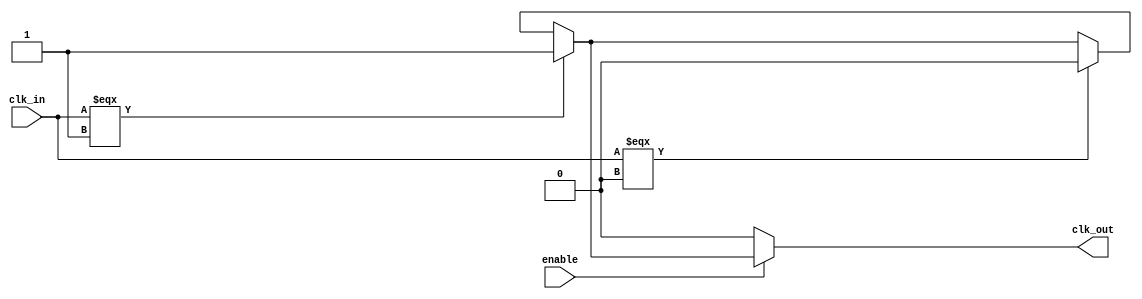
module ClockBuffer (
    input wire clk_in,        // Single-ended clock input
    input wire enable,        // Enable signal to control the buffer
    output wire clk_out       // Single-ended clock output
);

    // Internal signal for buffered clock
    wire clk_buffered;

    // Input stage: Schmitt trigger-like behavior can be simulated with a simple condition
    // Here we assume clk_in is clean, but in practice, you might want to implement a Schmitt trigger
    wire clk_clean;
    assign clk_clean = (clk_in === 1'b1) ? 1'b1 : (clk_in === 1'b0) ? 1'b0 : clk_clean;

    // Buffering stage: Simple inverter chain to amplify the clock signal
    // You can add more inverters for increased drive strength if necessary
    assign clk_buffered = clk_clean; // Direct connection for simplicity

    // Output stage: Drive the output based on the enable signal
    assign clk_out = enable ? clk_buffered : 1'b0; // Output is 0 when disabled

endmodule